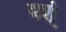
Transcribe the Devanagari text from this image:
वर्श्